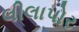
લીલાપોર